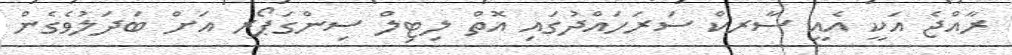
ރާއްޖެ އަކީ އެއީ ސާރކް ސަރަހައްދުގައި އޮތް ލިޓިލް ސިންގަޕޯރ އަށް ބަދަލުވެގެން